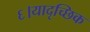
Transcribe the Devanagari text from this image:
६।यादृच्छिक